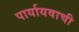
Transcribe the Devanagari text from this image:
पार्यायवाची